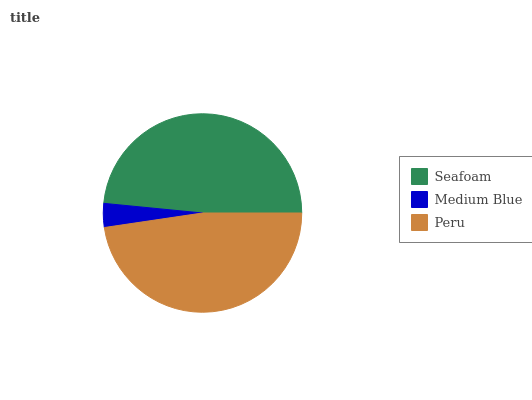
| Seafoam | Medium Blue | Peru |
 | --- | --- | --- |
 | 48.5% | 3.89% | 47.7% |